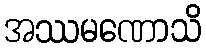
အဿမဏောသိ